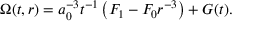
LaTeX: \Omega ( t , r ) = a _ { 0 } ^ { - 3 } t ^ { - 1 } \left( F _ { 1 } - F _ { 0 } r ^ { - 3 } \right) + G ( t ) .